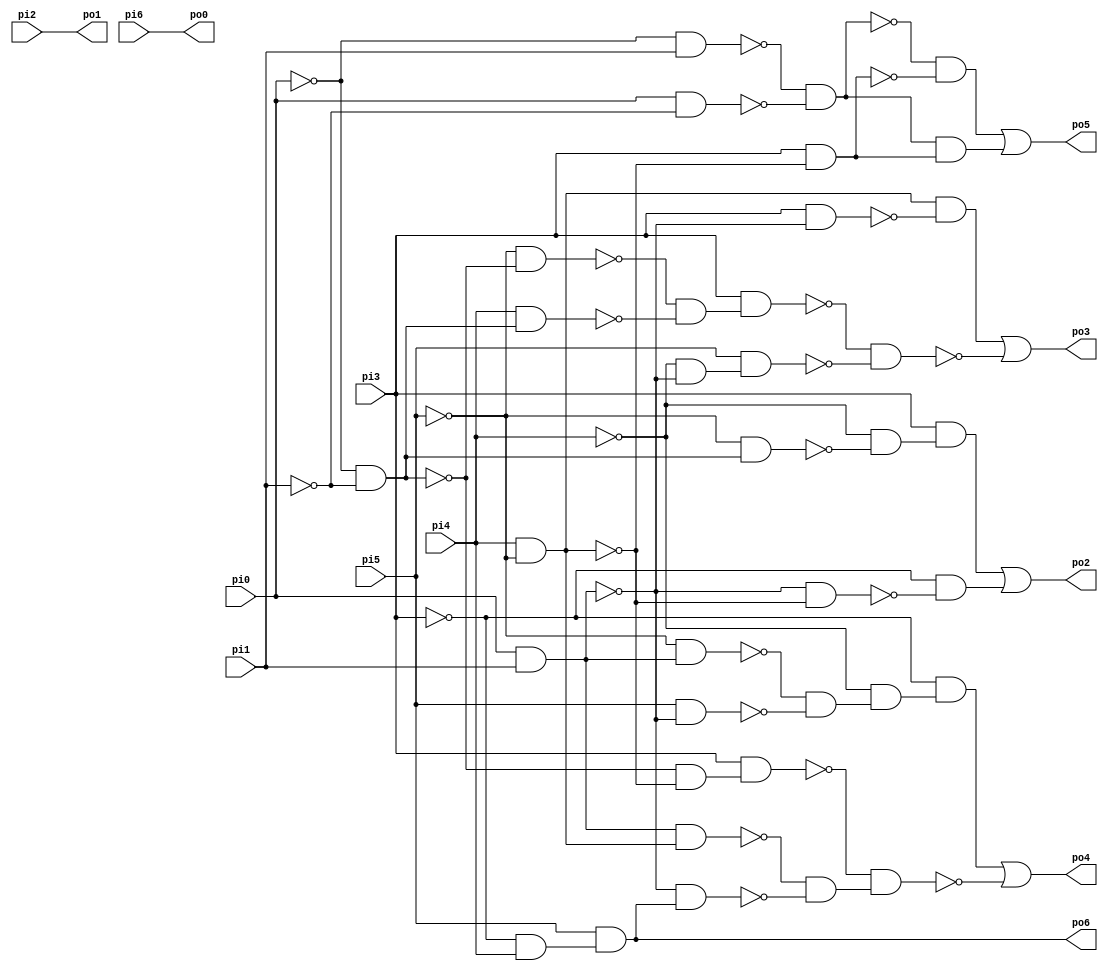
// Benchmark "b01_C" written by ABC on Thu Oct  5 16:36:41 2017

module b01_C ( 
    pi0, pi1, pi2, pi3, pi4, pi5, pi6,
    po0, po1, po2, po3, po4, po5, po6 );
  input  pi0, pi1, pi2, pi3, pi4, pi5, pi6;
  output po0, po1, po2, po3, po4, po5, po6;
  wire n15, n16, n17, n18, n19, n20, n21, n22, n24, n25, n26, n27, n28, n29,
    n30, n31, n32, n34, n35, n37, n38, n39, n40, n41, n42, n43, n44, n45,
    n46, n48, n49, n50, n51, n52, n53;
  assign n15 = ~pi0 & ~pi1;
  assign n16 = ~pi5 & n15;
  assign n17 = ~pi4 & ~n16;
  assign n18 = pi3 & n17;
  assign n19 = pi0 & pi1;
  assign n20 = pi4 & ~pi5;
  assign n21 = ~n19 & ~n20;
  assign n22 = ~pi3 & ~n21;
  assign po2 = n18 | n22;
  assign n24 = ~pi5 & ~n15;
  assign n25 = pi4 & n15;
  assign n26 = ~n24 & ~n25;
  assign n27 = pi3 & n26;
  assign n28 = ~pi4 & ~n19;
  assign n29 = pi5 & n28;
  assign n30 = pi3 & ~n19;
  assign n31 = n20 & ~n30;
  assign n32 = ~n27 & ~n29;
  assign po3 = n31 | ~n32;
  assign n34 = n19 & n20;
  assign n35 = ~pi3 & pi4;
  assign po6 = pi5 & n35;
  assign n37 = ~n19 & po6;
  assign n38 = ~n15 & ~n20;
  assign n39 = pi3 & n38;
  assign n40 = ~pi5 & n19;
  assign n41 = pi5 & ~n19;
  assign n42 = ~n40 & ~n41;
  assign n43 = ~pi4 & n42;
  assign n44 = ~pi3 & n43;
  assign n45 = ~n34 & ~n37;
  assign n46 = ~n39 & n45;
  assign po4 = n44 | ~n46;
  assign n48 = ~pi0 & pi1;
  assign n49 = pi0 & ~pi1;
  assign n50 = ~n48 & ~n49;
  assign n51 = pi3 & ~n20;
  assign n52 = ~n50 & ~n51;
  assign n53 = n50 & n51;
  assign po5 = n52 | n53;
  assign po0 = pi6;
  assign po1 = pi2;
endmodule